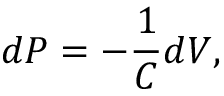
d P = - \frac { 1 } { C } d V ,